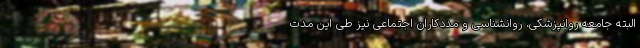
البته جامعه روانپزشکی، روانشناسی و مددکاران اجتماعی نیز طی این مدت